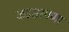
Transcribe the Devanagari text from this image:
कडसरपणा